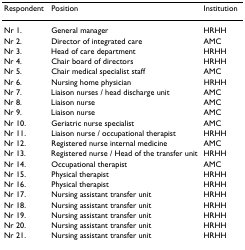
| Respondent | Position | Institution |
 | --- | --- | --- |
 | Nr 1. | General manager | HRHH |
 | Nr 2. | Director of integrated care | AMC |
 | Nr 3. | Head of care department | HRHH |
 | Nr 4. | Chair board of directors | HRHH |
 | Nr 5. | Chair medical specialist staff | AMC |
 | Nr 6. | Nursing home physician | HRHH |
 | Nr 7. | Liaison nurses / head discharge unit | AMC |
 | Nr 8. | Liaison nurse | AMC |
 | Nr 9. | Liaison nurse | AMC |
 | Nr 10. | Geriatric nurse specialist | AMC |
 | Nr 11. | Liaison nurse / occupational therapist | HRHH |
 | Nr 12. | Registered nurse internal medicine | AMC |
 | Nr 13. | Registered nurse / Head of the transfer unit | HRHH |
 | Nr 14. | Occupational therapist | AMC |
 | Nr 15. | Physical therapist | HRHH |
 | Nr 16. | Physical therapist | HRHH |
 | Nr 17. | Nursing assistant transfer unit | HRHH |
 | Nr 18. | Nursing assistant transfer unit | HRHH |
 | Nr 19. | Nursing assistant transfer unit | HRHH |
 | Nr 20. | Nursing assistant transfer unit | HRHH |
 | Nr 21. | Nursing assistant transfer unit | HRHH |